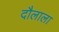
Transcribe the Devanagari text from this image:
दौलाला